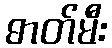
ဓာတ်မီး